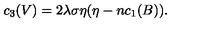
c _ { 3 } ( V ) = 2 \lambda \sigma \eta ( \eta - n c _ { 1 } ( B ) ) .